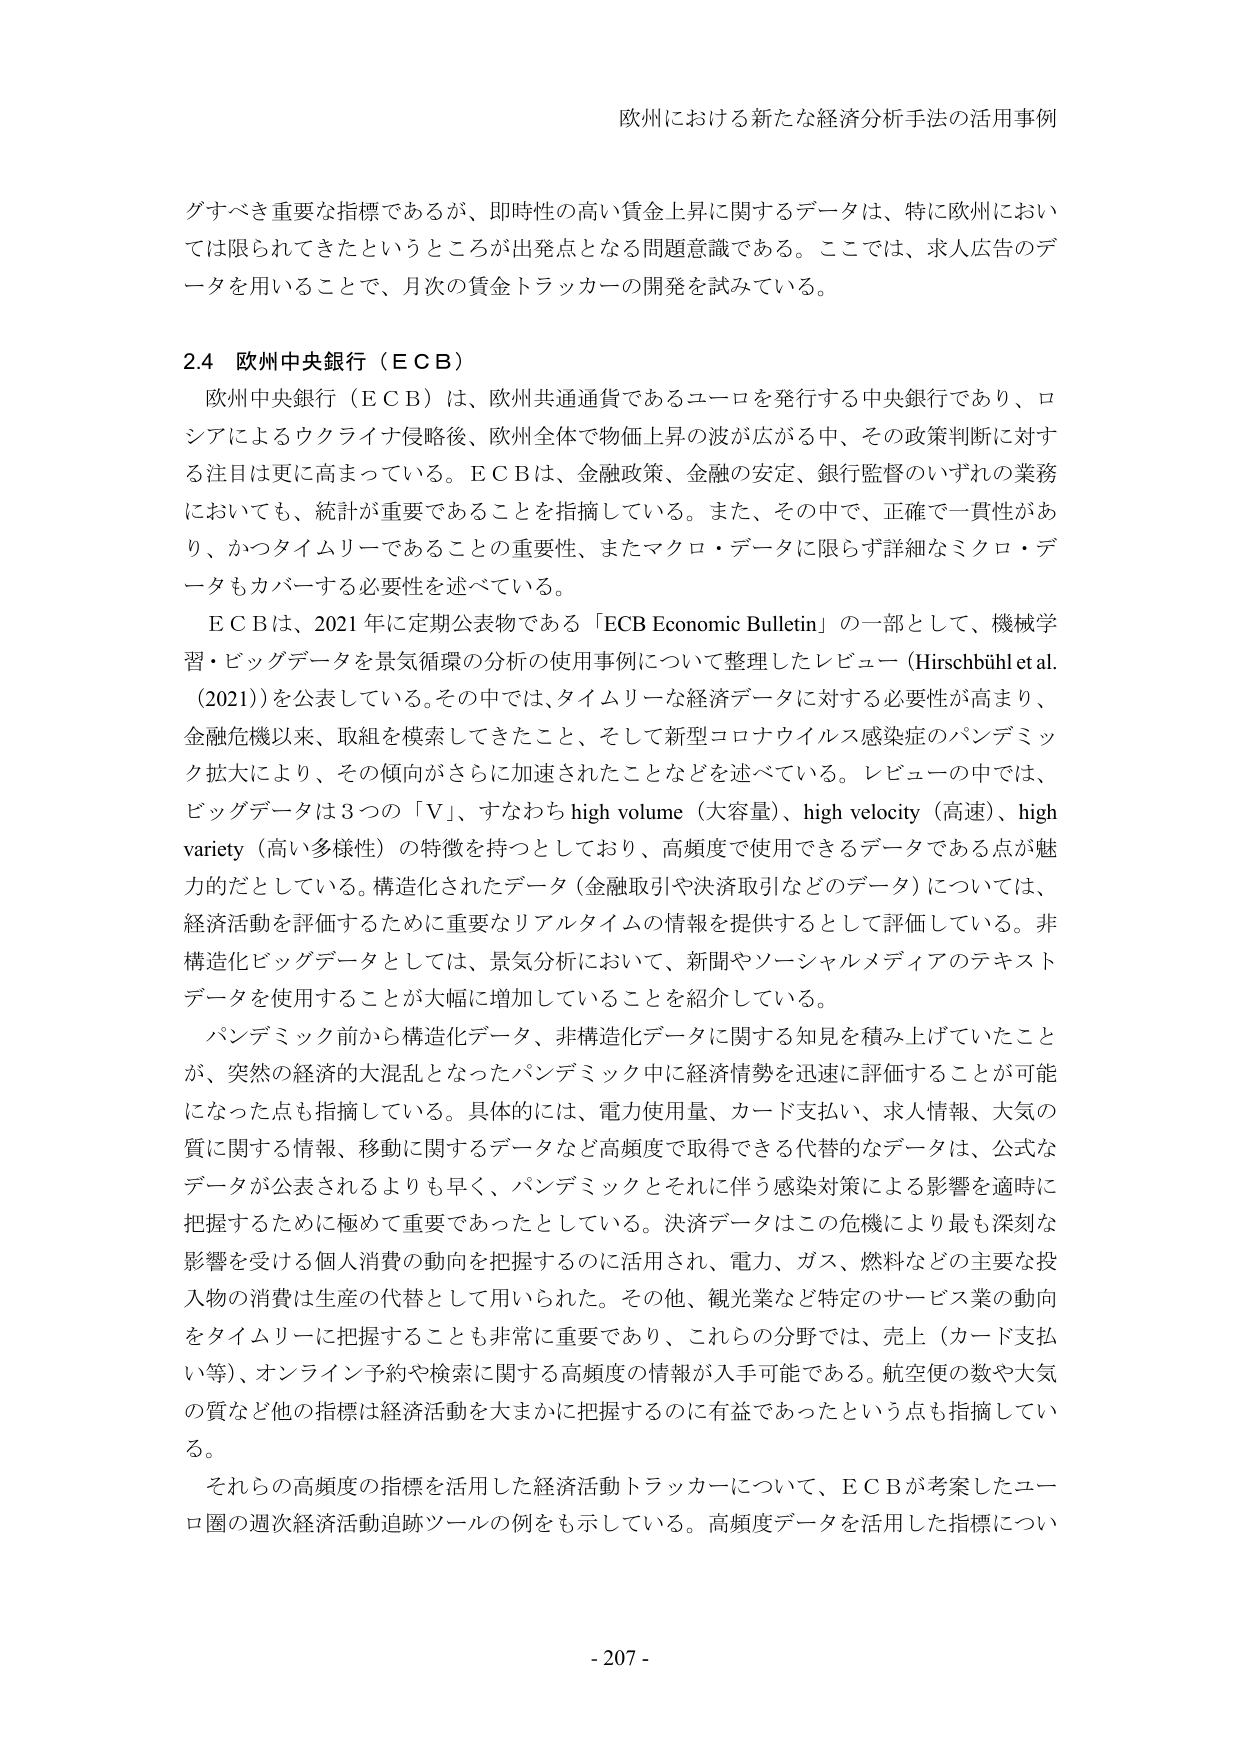
欧州における新たな経済分析手法の活用事例

グすべて重要な指標であるが、即時性の高い賃金上昇に関するデータは、特に欧州においては限られてきたというところが出発点となる問題意識である。ここでは、求人広告のデータを用いることで、月次の賃金トラッカーの開発を試みている。

2.4 欧州中央銀行（ＥＣＢ）
欧州中央銀行（ＥＣＢ）は、欧州共通通貨であるユーロを発行する中央銀行であり、ロシアによるウクライナ侵略後、欧州全体で物価上昇の波が広がる中、その政策判断に対する注目は更に高まっている。ＥＣＢは、金融政策、金融の安定、銀行監督のいずれの業務においても、統計が重要であることを指摘している。また、その中で、正確で一貫性があり、かつタイムリーであることの重要性、またマクロ・データに限らず詳細なミクロ・データもカバーする必要性を述べている。

ＥＣＢは、2021年に定期公表物である「ECB Economic Bulletin」の一部として、機械学習・ビッグデータを景気循環の分析の使用事例について整理したレビュー（Hirschbühl et al. (2021)）を公表している。その中では、タイムリーな経済データに対する必要性が高まり、金融危機以来、取組を模索してきたこと、そして新型コロナウイルス感染症のパンデミック拡大により、その傾向がさらに加速されたことなどを述べている。レビューの中では、ビッグデータは3つの「Ｖ」、すなわち high volume（大容量）、high velocity（高速）、high variety（高い多様性）の特徴を持つとしており、高頻度で使用できるデータである点が魅力的だとしている。構造化されたデータ（金融取引や決済取引などのデータ）については、経済活動を評価するために重要なリアルタイムの情報を提供するとして評価している。非構造化ビッグデータとしては、景気分析において、新聞やソーシャルメディアのテキストデータを使用することが大幅に増加していることを紹介している。

パンデミック前から構造化データ、非構造化データに関する知見を積み上げていたことが、突然の経済的大混乱となったパンデミック中に経済情勢を迅速に評価することが可能になった点も指摘している。具体的には、電力使用量、カード支払い、求人情報、大気の質に関する情報、移動に関するデータなど高頻度で取得できる代替的なデータは、公式なデータが公表されるよりも早く、パンデミックとそれに伴う感染対策による影響を適時に把握するために極めて重要であったとしている。決済データはこの危機により最も深刻な影響を受ける個人消費の動向を把握するのに活用され、電力、ガス、燃料などの主要な投入物の消費は生産の代替として用いられた。その他、観光業など特定のサービス業の動向をタイムリーに把握することも非常に重要であり、これらの分野では、売上（カード支払い等）、オンライン予約や検索に関する高頻度の情報が入手可能である。航空便の数や大気の質など他の指標は経済活動を大まかに把握するのに有益であったという点も指摘している。

それらの高頻度の指標を活用した経済活動トラッカーについて、ＥＣＢが考案したユーロ圏の週次経済活動追跡ツールの例をも示している。高頻度データを活用した指標につい

- 207 -